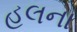
હલના